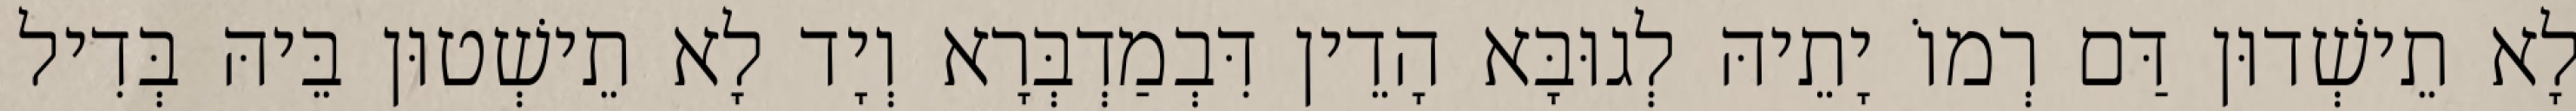
לָא תֵישְׁדוּן דַּם רְמוֹ יָתֵיהּ לְגוּבָּא הָדֵין דִּבְמַדְבְּרָא וְיָד לָא תֵישְׁטוּן בֵּיהּ בְּדִיל